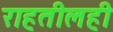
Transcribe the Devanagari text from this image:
राहतीलही